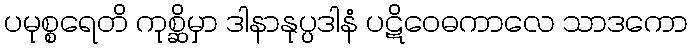
ပမုစ္စရေတိ ကုစ္ဆိမှာ ဒါနာနုပ္ပဒါနံ ပဋိဝေဓကာလေ သာဒကော